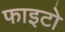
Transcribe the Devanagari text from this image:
फाइटो